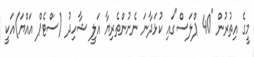
މީގެ އިތުރުން "40 ޕްލަސް"ގައި ކުޅަދާނަ ނެށުންތެރިޔާ އަލީ ޝާހިދު (ސްޓެޕް އައްޔަ)އަކީ